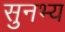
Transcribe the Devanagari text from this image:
सुनभ्य